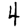
Digit: 4